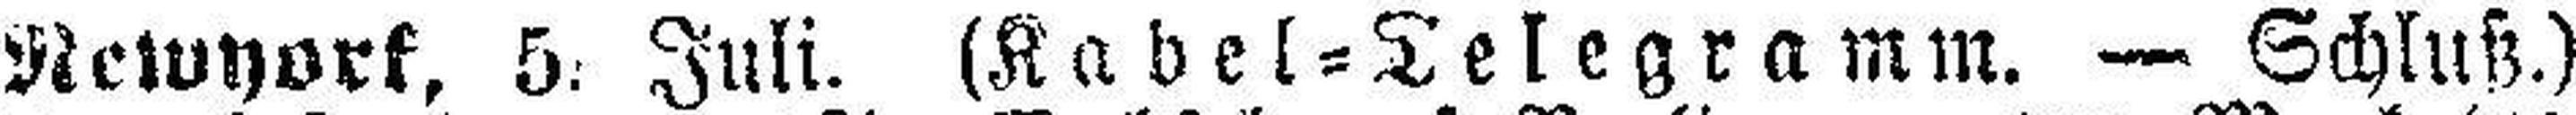
Newyork, 5. Juli. (Kabel=Telegramm. — Schluß.)